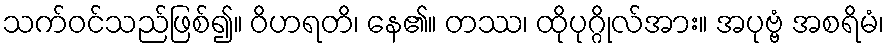
သက်ဝင်သည်ဖြစ်၍။ ဝိဟရတိ၊ နေ၏။ တဿ၊ ထိုပုဂ္ဂိုလ်အား။ အပုဗ္ဗံ အစရိမံ၊